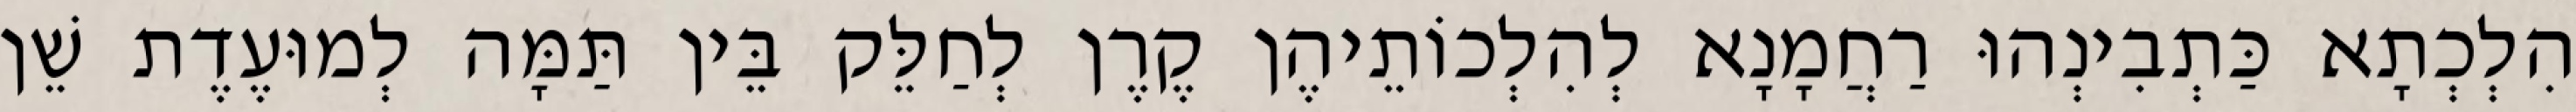
הִלְכְתָא כַּתְבִינְהוּ רַחֲמָנָא לְהִלְכוֹתֵיהֶן קֶרֶן לְחַלֵּק בֵּין תַּמָּה לְמוּעֶדֶת שֵׁן